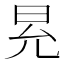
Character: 𭥠